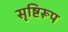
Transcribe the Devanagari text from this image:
सृष्टिरूप